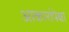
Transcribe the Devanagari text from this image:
आकारांपेक्षा